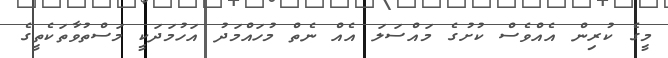
މީގެ ކުރިން އެއްވެސް ކުށުގެ މައްސަލަ އެއް ނެތް މުހައްމަދު އަހުމަދަކީ މަސްތުވާތަކެތީގެ